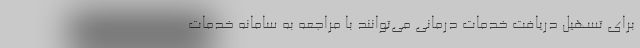
برای تسهیل دریافت خدمات درمانی می‌توانند با مراجعه به سامانه خدمات